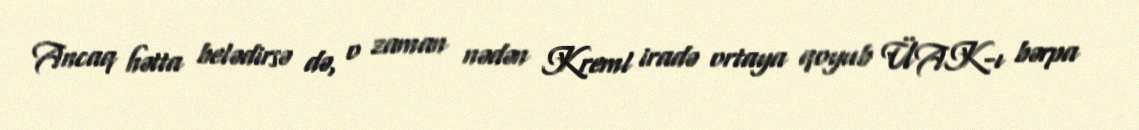
Ancaq hətta belədirsə də, o zaman nədən Kreml iradə ortaya qoyub ÜAK-ı bərpa